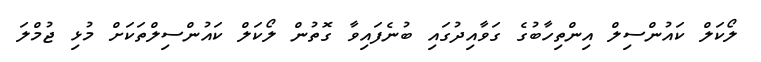
ލޯކަލް ކައުންސިލް އިންތިހާބުގެ ގަވާއިދުގައި ބުނެފައިވާ ގޮތުން ލޯކަލް ކައުންސިލްތަކަށް މުޅި ޖުމްލަ